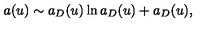
a ( u ) \sim a _ { D } ( u ) \ln a _ { D } ( u ) + a _ { D } ( u ) ,